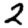
Digit: 2